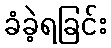
ခံခဲ့ရခြင်း